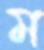
ম